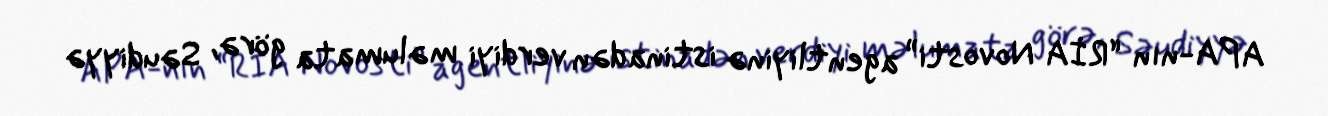
APA-nın “RİA Novosti” agentliyinə istinadən verdiyi məlumata görə, Səudiyyə